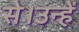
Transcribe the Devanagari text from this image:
से।उन्हें